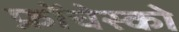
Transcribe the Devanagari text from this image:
फ्रोंचेस्को